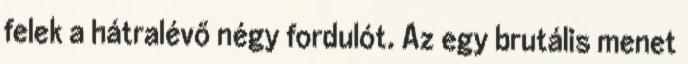
felek a hátralévő négy fordulót. Az egy brutális menet